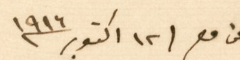
عن مصر ١٢ اكتوبر ١٩١٦